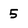
Character: 5